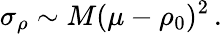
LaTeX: \sigma_{\rho}\sim M(\mu-\rho_{0})^{2}\, .